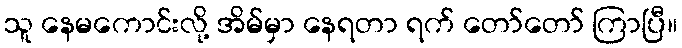
သူ နေမကောင်းလို့ အိမ်မှာ နေရတာ ရက် တော်တော် ကြာပြီ။